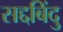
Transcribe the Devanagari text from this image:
सद्दबिंदु